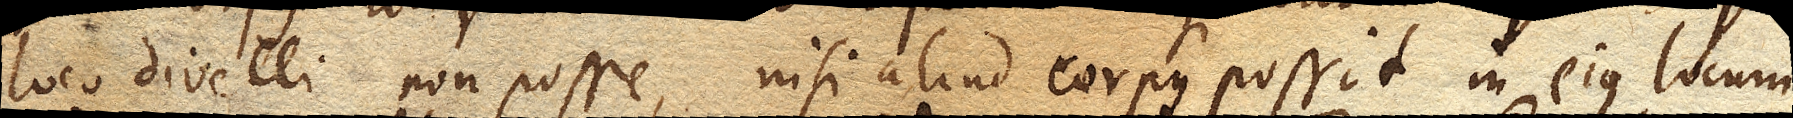
loco divelli non posse, nisi aliud corpus possit in ejus locum